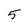
Character: 5